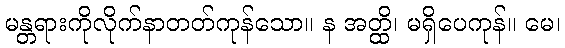
မန္တရားကိုလိုက်နာတတ်ကုန်သော။ န အတ္ထိ၊ မရှိပေကုန်။ မေ၊